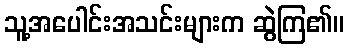
သူ့အပေါင်းအသင်းများက ဆွဲကြ၏။